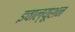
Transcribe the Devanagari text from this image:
इवाल्यूशन